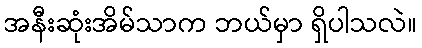
အနီးဆုံးအိမ်သာက ဘယ်မှာ ရှိပါသလဲ။